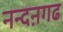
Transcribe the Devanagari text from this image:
नन्दऩगढ